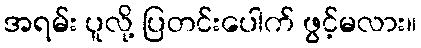
အရမ်း ပူလို့ ပြတင်းပေါက် ဖွင့်မလား။